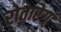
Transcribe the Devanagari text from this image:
रोतारेग्